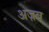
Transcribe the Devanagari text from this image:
अज़ब